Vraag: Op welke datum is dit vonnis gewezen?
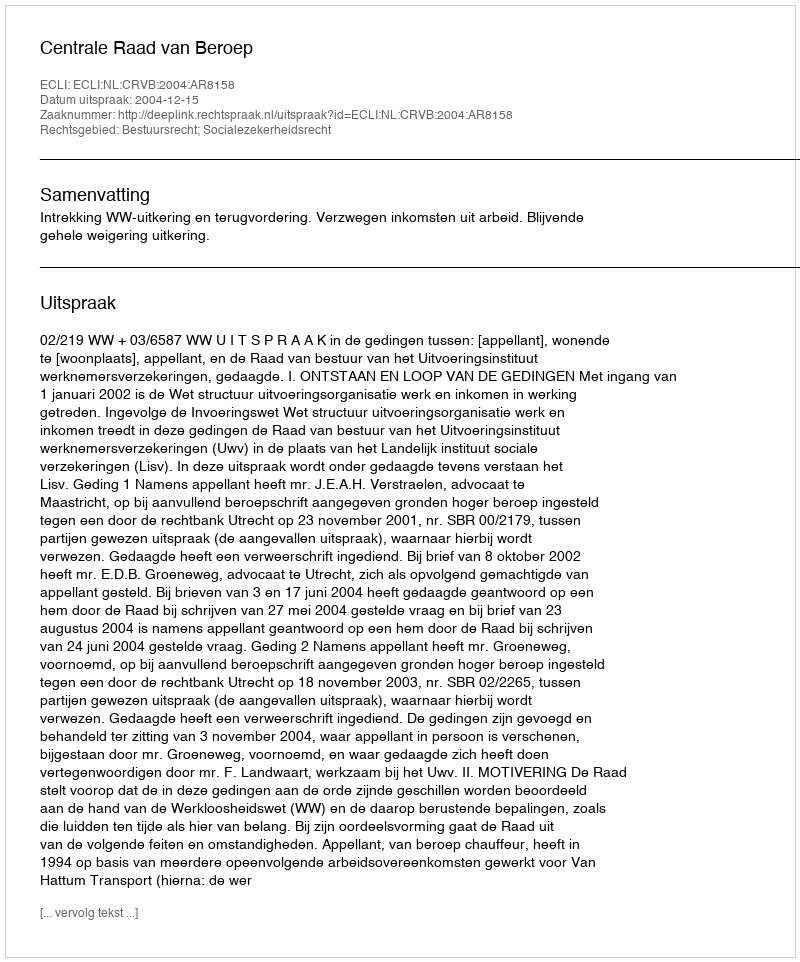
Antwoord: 2004-12-15